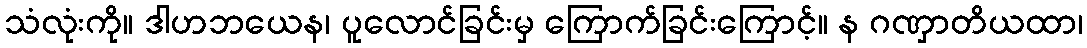
သံလုံးကို။ ဒါဟဘယေန၊ ပူလောင်ခြင်းမှ ကြောက်ခြင်းကြောင့်။ န ဂဏှာတိယထာ၊